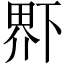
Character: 𤲂